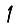
Digit: 1